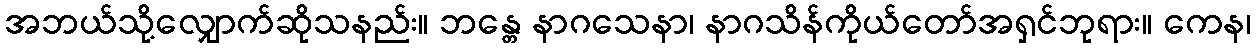
အဘယ်သို့လျှောက်ဆိုသနည်း။ ဘန္တေ နာဂသေနာ၊ နာဂသိန်ကိုယ်တော်အရှင်ဘုရား။ ကေန၊